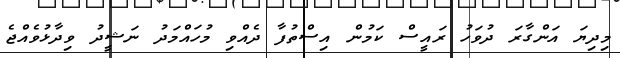
މިދިޔަ އަންގާރަ ދުވަހު ރައީސް ކަމުން އިސްތުފާ ދެއްވި މުހައްމަދު ނަޝީދު ވިދާޅުވެއްޖެ